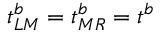
t _ { L M } ^ { b } = t _ { M R } ^ { b } = t ^ { b }